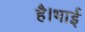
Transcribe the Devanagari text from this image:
है।भाई